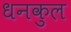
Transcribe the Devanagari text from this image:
धनकुल